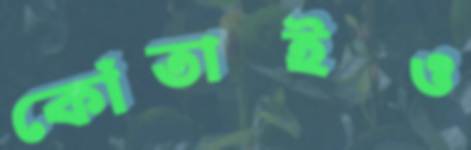
কোঁতাইও